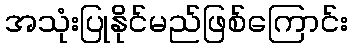
အသုံးပြုနိုင်မည်ဖြစ်ကြောင်း